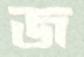
জ